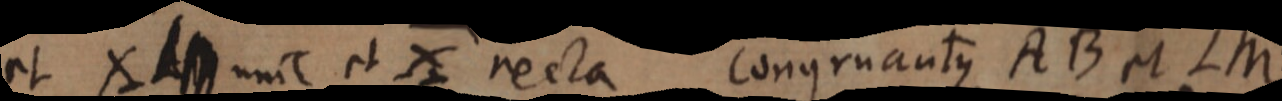
et X _ unic et X recta congruantque AB et LM